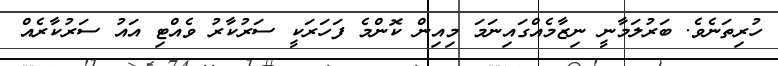
ހުރިތަނެވެ. ބަރުލަމާނީ ނިޒާމެއްގައިނަމަ މިއިން ކޮންމެ ފަހަރަކީ ސަރުކާރު ވެއްޓި އައު ސަރުކާރެއް